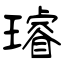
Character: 璿